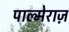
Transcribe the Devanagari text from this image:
पाल्मेराज़